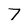
Character: 7